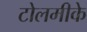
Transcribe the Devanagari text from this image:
टोलमीके